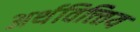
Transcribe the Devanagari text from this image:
अर्थवित्त्तिय